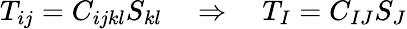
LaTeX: T_{ij}=C_{ijkl}S_{kl}\quad\Rightarrow\quad T_{I}=C_{IJ}S_{J}